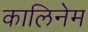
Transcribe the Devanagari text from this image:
कालिनेम